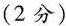
(2分)